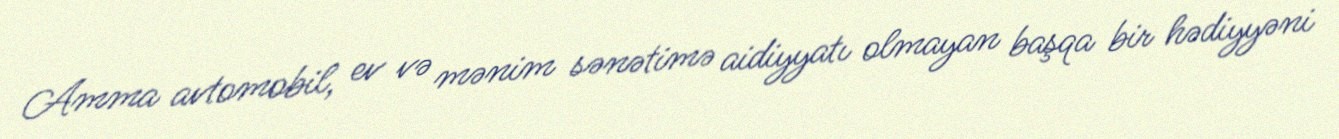
Amma avtomobil, ev və mənim sənətimə aidiyyatı olmayan başqa bir hədiyyəni